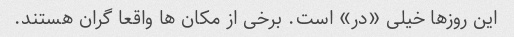
این روزها خیلی «در» است. برخی از مکان ها واقعا گران هستند.